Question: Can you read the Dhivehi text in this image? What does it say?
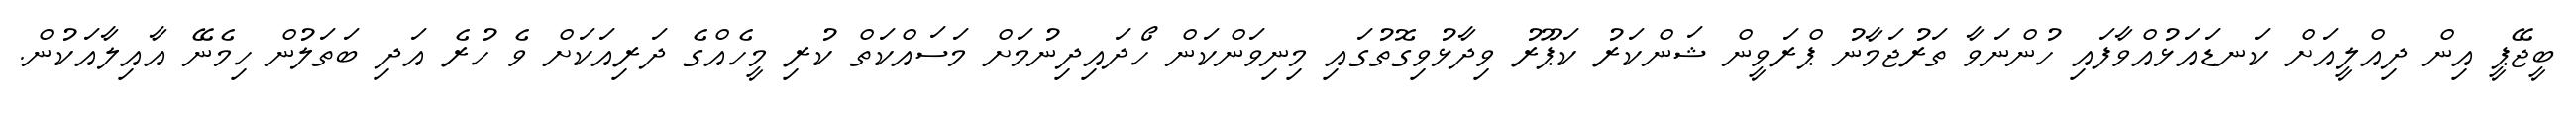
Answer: ބީޖޭޕީ އިން ދިއްލީއަށް ކަނޑައަޅުއްވާފައި ހުންނަވާ ތަރުޖަމާނު ޕްރަވީން ޝަންކަރު ކަޕޫރު ވިދާޅުވިގޮތުގައި މިނިވަންކަން ހޯދައިދިނުމަށް މަސައްކަތް ކުރި މީހެއްގެ ދަރިއަކަށް ވެ ހުރެ އަދި ބަތަލުން ހިމެނޭ އާއިލާއަކުން.